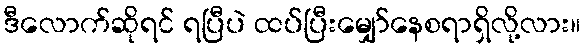
ဒီလောက်ဆိုရင် ရပြီပဲ ထပ်ပြီးမျှော်နေစရာရှိလို့လား။